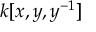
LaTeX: k [ x , y , y ^ { - 1 } ]